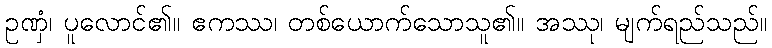
ဥဏှံ၊ ပူလောင်၏။ ဧကဿ၊ တစ်ယောက်သောသူ၏။ အဿု၊ မျက်ရည်သည်။